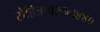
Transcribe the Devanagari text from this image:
रोहित्रावरून४४०